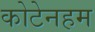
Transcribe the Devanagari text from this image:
कोटेनहम